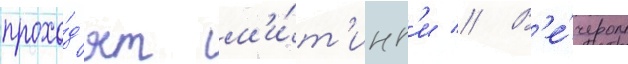
прохо́д'ят м'и́т'инг'и // В'е́чером